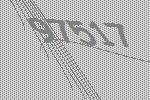
97517